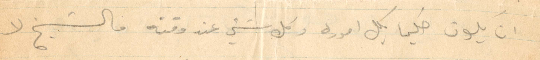
أن يكون حكيمًا بكل اموره وكل شيء عند قوته فالشيخ لا